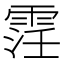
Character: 䨙